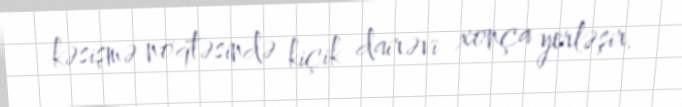
kəsişmə nöqtəsində kiçik dairəvi xonça yerləşir.